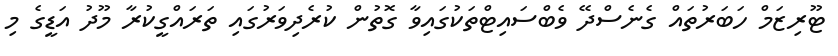
ޓޫރިޒަމް ހަބަރުތައް ގެނެސްދޭ ވެބްސައިޓްތަކުގައިވާ ގޮތުން ކުރެދިވަރުގައި ތަރައްގީކުރާ މޫދު އަޑީގެ މި